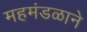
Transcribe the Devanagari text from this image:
महमंडळाने